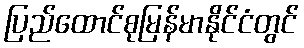
ပြည်ထောင်စုမြန်မာနိုင်ငံတွင်